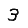
Digit: 3